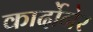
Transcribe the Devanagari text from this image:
कार्दोनेर